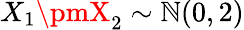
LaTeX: X_{1}\pmX_{2}\sim\mathbb{N}(0,2)